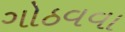
ગોઠવવા